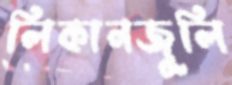
লিকানজুলি